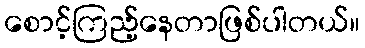
စောင့်ကြည့်နေတာဖြစ်ပါတယ်။